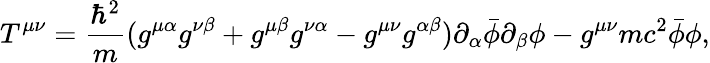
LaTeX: T^{\mu\nu}={\frac{\hbar^{2}}{m}}(g^{\mu\alpha}g^{\nu\beta}+g^{\mu\beta}g^{\nu\alpha}-g^{\mu\nu}g^{\alpha\beta})\partial_{\alpha}{\bar{\phi}}\partial_{\beta}\phi-g^{\mu\nu}mc^{2}{\bar{\phi}}\phi,